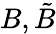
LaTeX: B,\tilde{B}